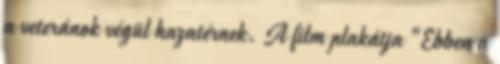
a veteránok végül hazatérnek. A film plakátja "Ebben a